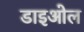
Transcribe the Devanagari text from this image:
डाइओल